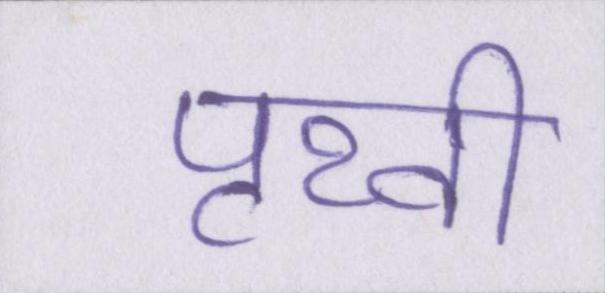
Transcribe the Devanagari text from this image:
पृथ्वी